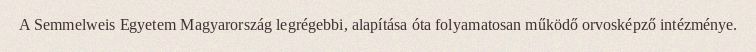
A Semmelweis Egyetem Magyarország legrégebbi, alapítása óta folyamatosan működő orvosképző intézménye.